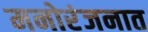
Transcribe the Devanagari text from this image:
मनोरंजनात